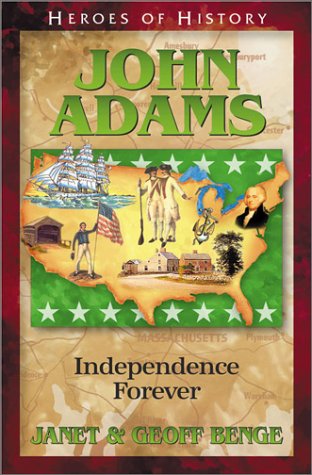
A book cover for John Adams: Independence Forever (Heroes of History); Janet Benge; Children's Books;